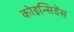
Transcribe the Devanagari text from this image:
कोइन्सिडेंस